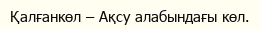
Қалғанкөл – Ақсу алабындағы көл.